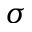
\sigma